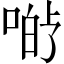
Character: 𱓡